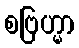
စဗြဟ္မာ